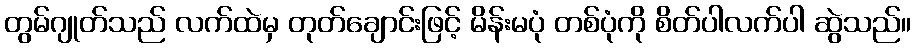
တွမ်ဂျုတ်သည် လက်ထဲမှ တုတ်ချောင်းဖြင့် မိန်းမပုံ တစ်ပုံကို စိတ်ပါလက်ပါ ဆွဲသည်။